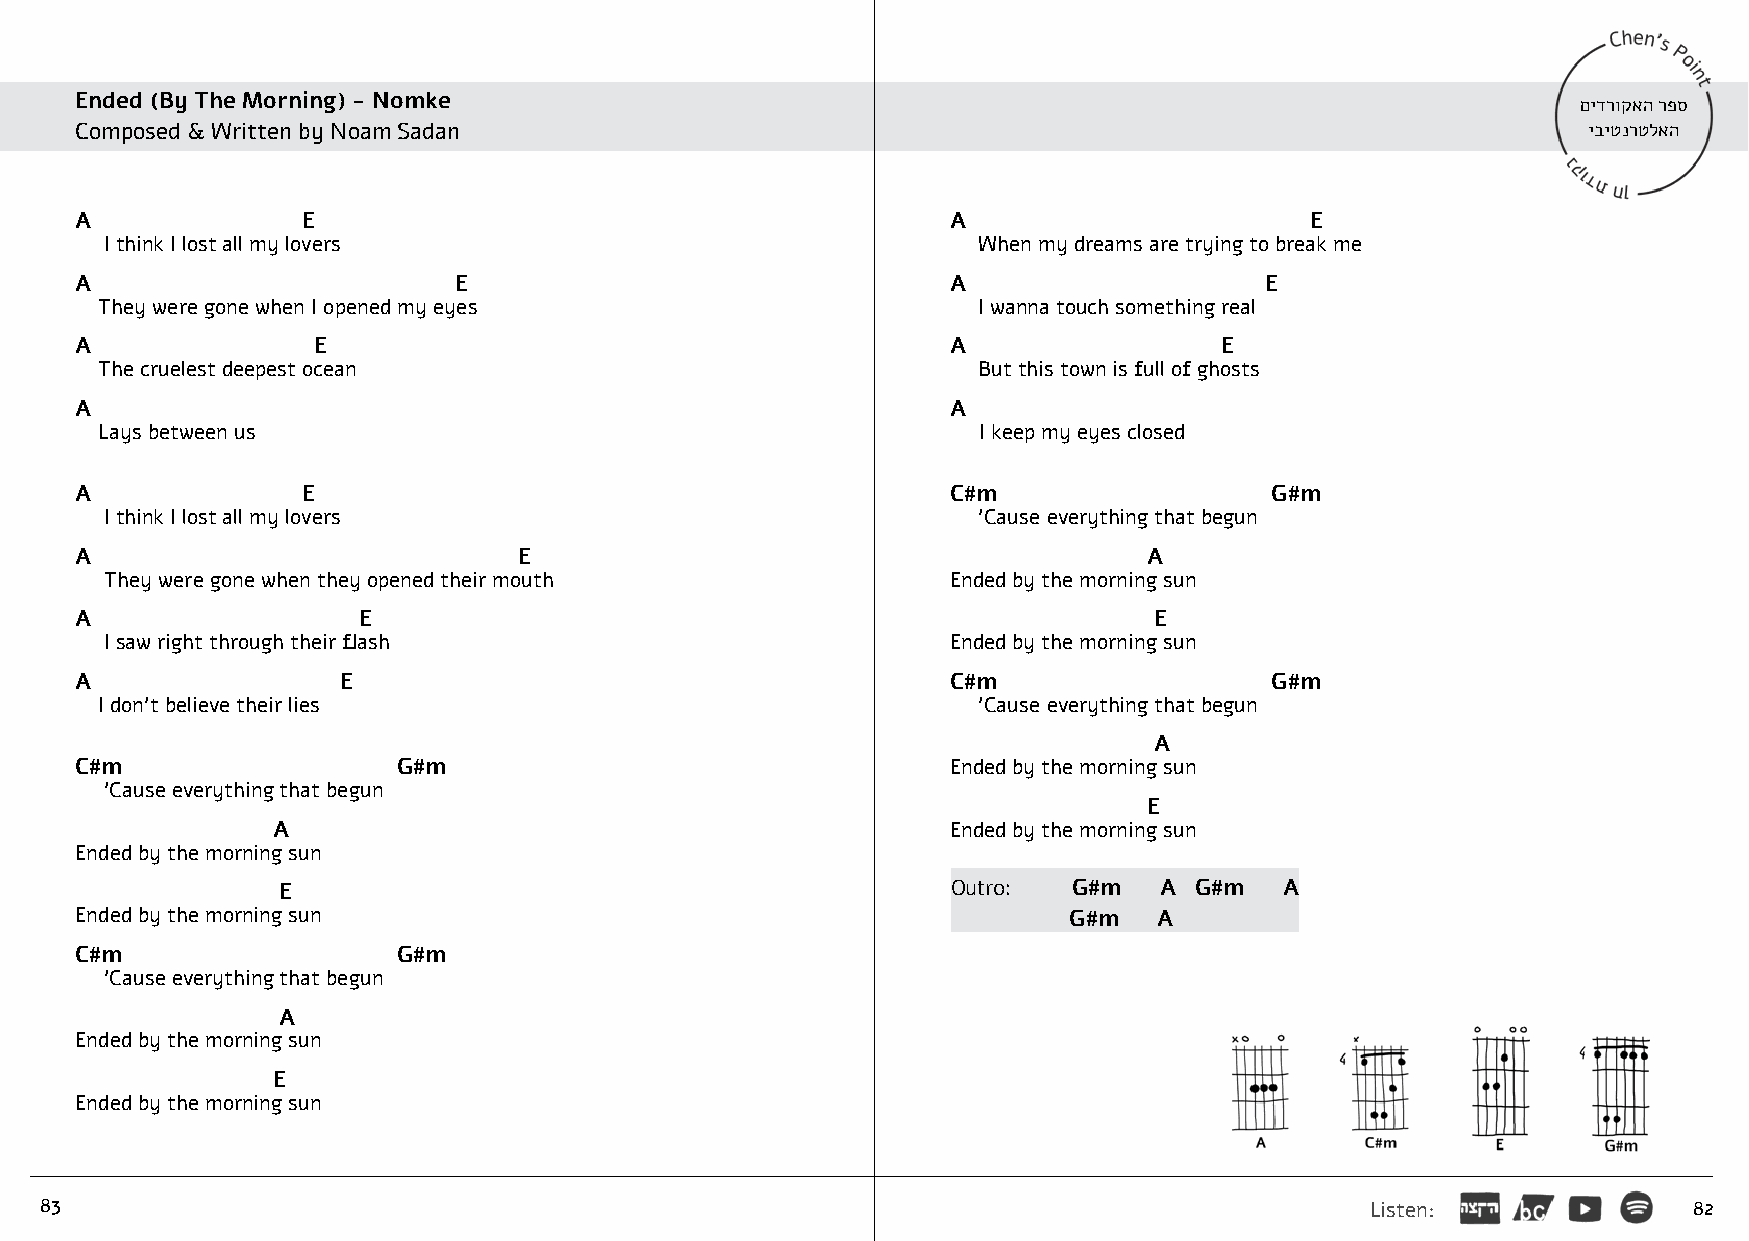
Ended (By The Morning) - Nomke                                                                      םידרוקאה רפס
 Composed & Written by Noam Sadan                                                                    יביטנרטלאה
 A              E                                          A                       E
 I think I lost all my lovers                              When my dreams are trying to break me
 A                        E                                A                    E
 They were gone when I opened my eyes                      I wanna touch something real
 A               E                                         A                 E
 The cruelest deepest ocean                                But this town is full of ghosts
 A                                                         A
 Lays between us                                           I keep my eyes closed
 A              E                                          C#m                  G#m
 I think I lost all my lovers                              'Cause everything that begun
 A                            E                                         A
 They were gone when they opened their mouth             Ended by the morning sun
 A                  E                                                   E
 I saw right through their flash                         Ended by the morning sun
 A                E                                        C#m                  G#m
 I don’t believe their lies                                'Cause everything that begun
 A
 C#m                  G#m                                  Ended by the morning sun
 'Cause everything that begun
 E
 A                                            Ended by the morning sun
 Ended by the morning sun
 E                                            Outro:  G#m   A G#m   A
 Ended by the morning sun                                          G#m   A
 C#m                  G#m
 'Cause everything that begun
 A
 Ended by the morning sun
 E
 Ended by the morning sun
 83                                                                                      Listen:              82